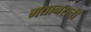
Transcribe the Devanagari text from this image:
मद्यानराती